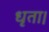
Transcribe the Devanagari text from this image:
धृता।